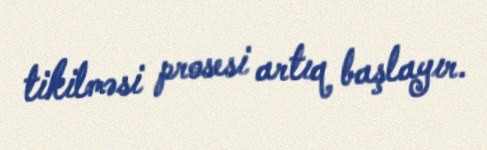
tikilməsi prosesi artıq başlayır.